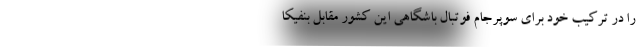
را در ترکیب خود برای سوپرجام فوتبال باشگاهی این کشور مقابل بنفیکا